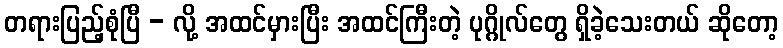
တရားပြည့်စုံပြီ - လို့ အထင်မှားပြီး အထင်ကြီးတဲ့ ပုဂ္ဂိုလ်တွေ ရှိခဲ့သေးတယ် ဆိုတော့